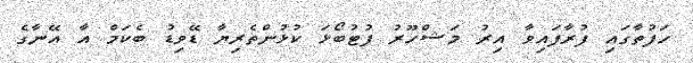
ހަފުތާގައި ފުރާފައިވާ އިރު މަޝްހޫރު ފުޓުބޯޅަ ކުޅުންތެރިޔާ ޑޭވިޑު ބެކަމް އާ އޭނާގެ